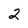
Character: 2